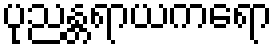
ပုညန္တရာယကရော